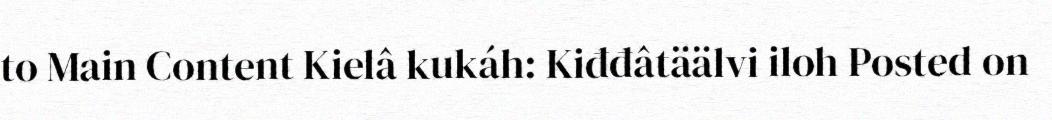
to Main Content Kielâ kukáh: Kiđđâtäälvi iloh Posted on